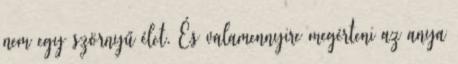
nem egy szörnyű élet. És valamennyire megérteni az anya